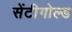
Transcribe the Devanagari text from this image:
सेंटीगोल्ड